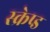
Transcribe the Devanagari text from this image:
स्क्रेप्ड